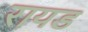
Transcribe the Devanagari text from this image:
रायड